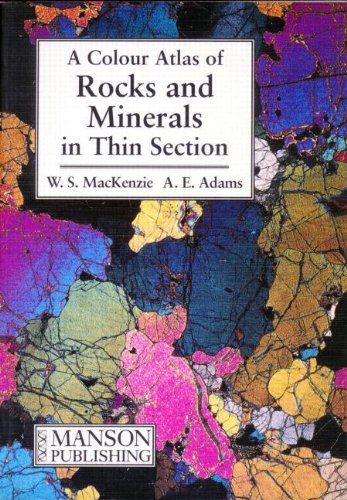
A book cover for Colour Atlas of Rocks and Minerals in Thin Section; W. S. Mackenzie; Science & Math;